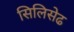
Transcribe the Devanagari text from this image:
सिलिसेढ